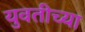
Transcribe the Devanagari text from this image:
युवतीच्या